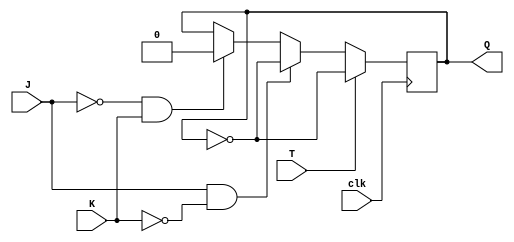
module t_ff_jk (
    input wire T,
    input wire J,
    input wire K,
    input wire clk,
    output reg Q
);

always @ (posedge clk) begin
    if (T) begin
        Q <= ~Q;
    end else begin
        if (J & ~K) begin
            Q <= ~Q;
        end else if (~J & K) begin
            Q <= 1'b0;
        end
    end
end

endmodule